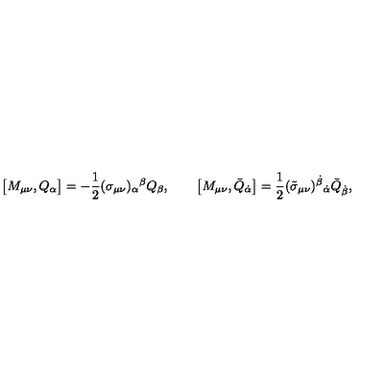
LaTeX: \big [ M _ { \mu \nu } , Q _ { \alpha } \big ] = - { \frac { 1 } { 2 } } ( \sigma _ { \mu \nu } ) _ { \alpha } { } ^ { \beta } Q _ { \beta } , \qquad \big [ M _ { \mu \nu } , \bar { Q } _ { \dot { \alpha } } \big ] = { \frac { 1 } { 2 } } ( \tilde { \sigma } _ { \mu \nu } ) ^ { \dot { \beta } } { } _ { \dot { \alpha } } \bar { Q } _ { \dot { \beta } } ,